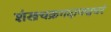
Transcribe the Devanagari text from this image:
शंखचक्रगदापद्मधरं